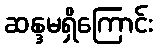
ဆန္ဒမရှိကြောင်း